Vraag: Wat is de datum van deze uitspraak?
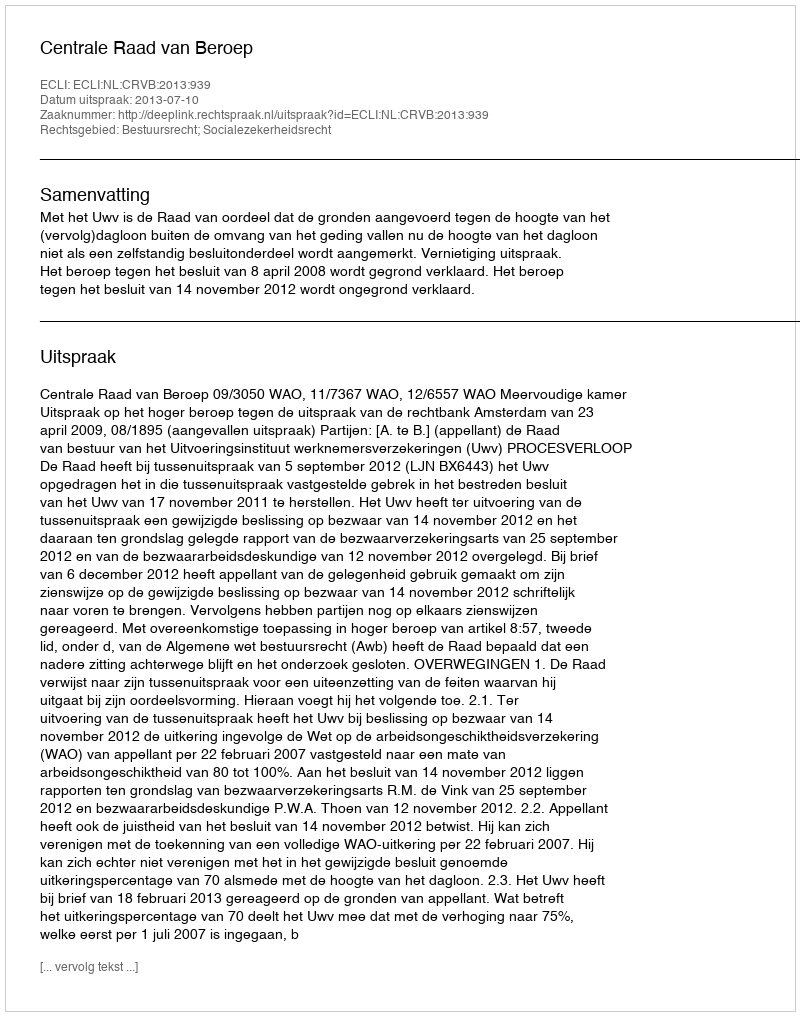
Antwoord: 2013-07-10